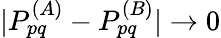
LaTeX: |P_{pq}^{(A)}-P_{pq}^{(B)}|\rightarrow 0